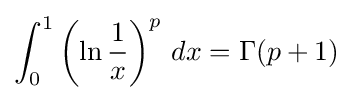
\int _{0}^{1}\left(\ln {\frac {1}{x}}\right)^{p}\,dx=\Gamma (p+1)